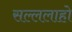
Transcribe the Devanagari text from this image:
सल्ललाहो